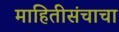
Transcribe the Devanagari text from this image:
माहितीसंचाचा